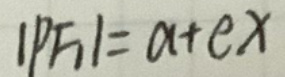
$| P F | = a + e x$